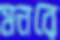
মনরে